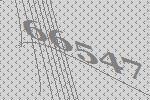
66547